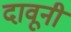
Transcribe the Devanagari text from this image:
दावूनी